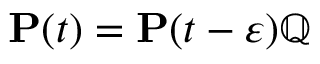
\mathbf { P } ( t ) = \mathbf { P } ( t - \varepsilon ) \mathbb { Q }